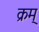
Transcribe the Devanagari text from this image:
क्रम्